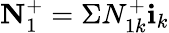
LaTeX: \textbf{N}_{1}^{+}=\Sigma N_{1k}^{+}\textbf{i}_{k}